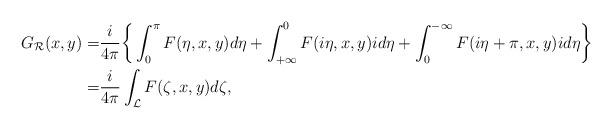
LaTeX: \begin{align*}G_{\mathcal R}(x,y)= &\frac{i}{4\pi}\bigg\{\int^{\pi}_{0} F(\eta,x,y) d\eta+ \int_{+\infty}^{0} F(i\eta, x,y) i d\eta + \int^{-\infty}_{0} F(i\eta+\pi, x,y)id\eta\bigg\} \\= & \frac{i}{4\pi}\int_{\mathcal L} F(\zeta, x, y) d\zeta,\end{align*}